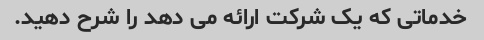
خدماتی که یک شرکت ارائه می دهد را شرح دهید.